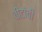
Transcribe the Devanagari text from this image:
वीटांची